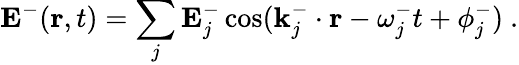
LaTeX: \textbf{E}^{-}(\textbf{r},t)=\sum_{j}\textbf{E}_{j}^{-}\cos(\textbf{k}_{j}^{-}\cdot\textbf{r}-\omega_{j}^{-}t+\phi_{j}^{-})\ .